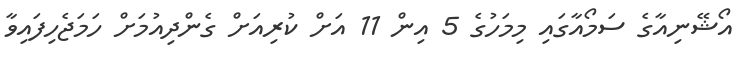
އޯޝޭނިއާގެ ސަމޯއާގައި މިމަހުގެ 5 އިން 11 އަށް ކުރިއަށް ގެންދިއުމަށް ހަމަޖެހިފައިވާ